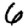
Digit: 6